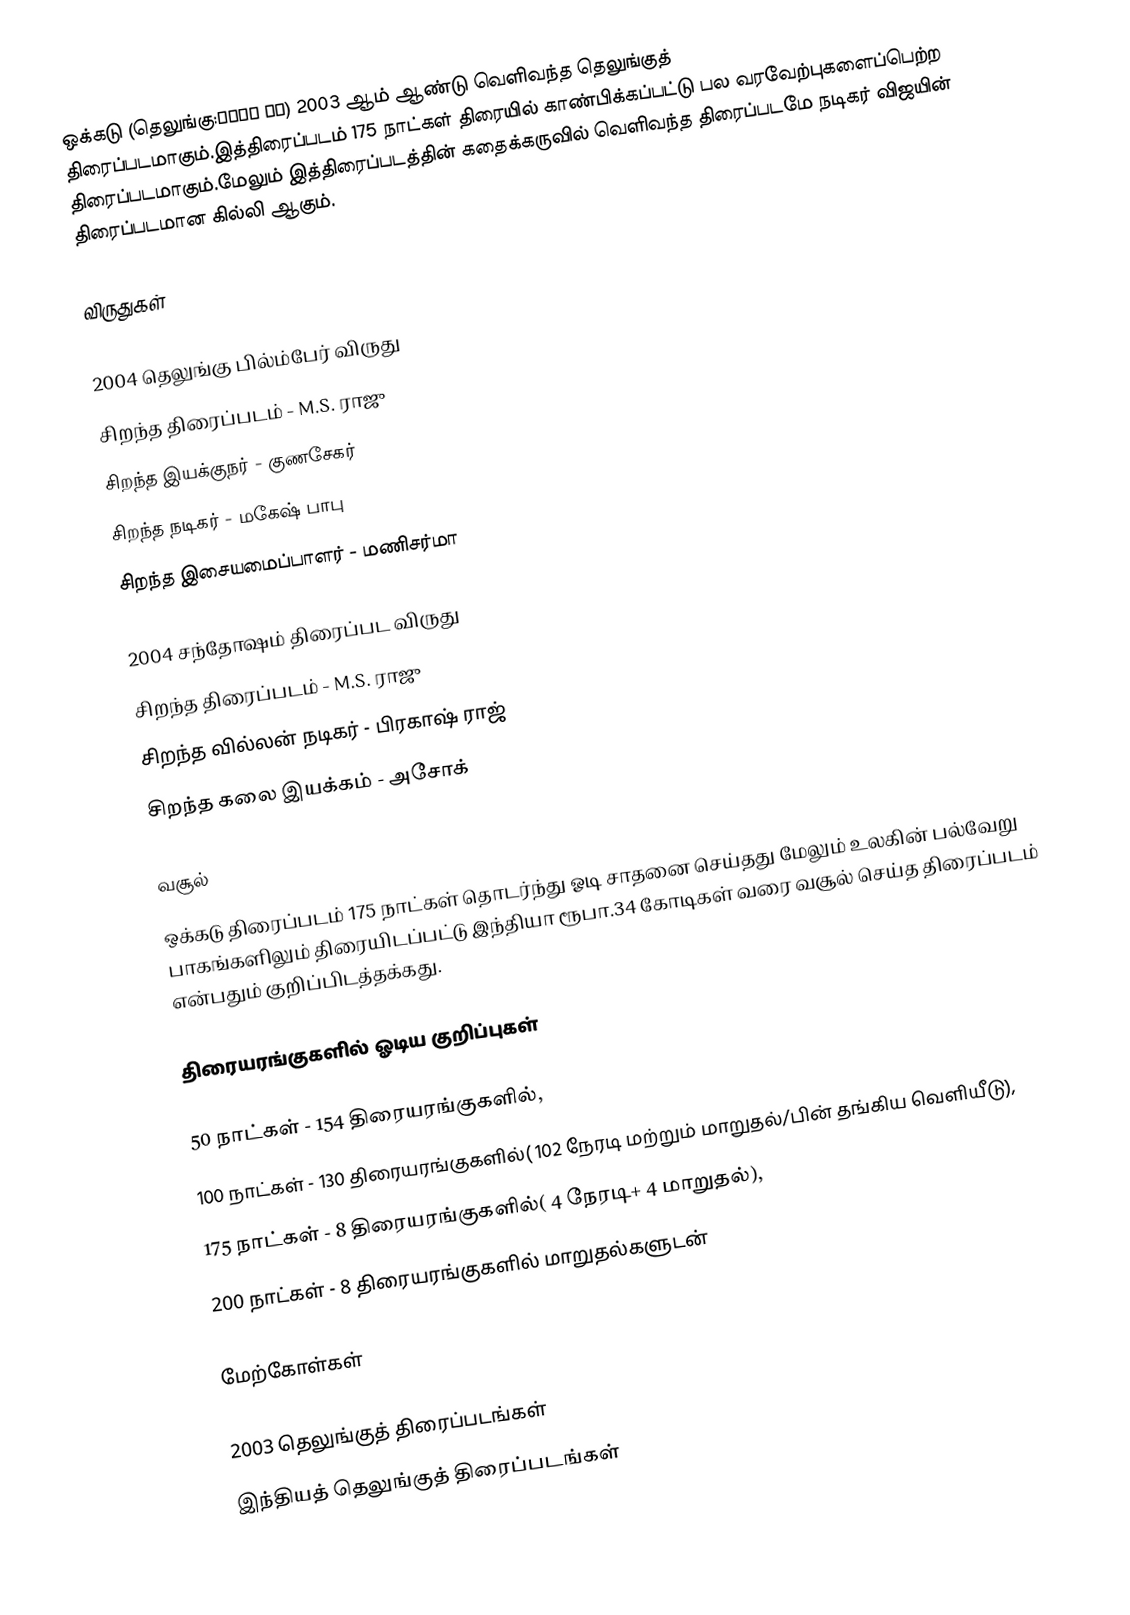
ஒக்கடு (தெலுங்கு:ఒక్క డు) 2003 ஆம் ஆண்டு வெளிவந்த தெலுங்குத் திரைப்படமாகும்.இத்திரைப்படம் 175 நாட்கள் திரையில் காண்பிக்கப்பட்டு பல வரவேற்புகளைப்பெற்ற திரைப்படமாகும்.மேலும் இத்திரைப்படத்தின் கதைக்கருவில் வெளிவந்த திரைப்படமே நடிகர் விஜயின் திரைப்படமான கில்லி ஆகும்.

விருதுகள்

2004 தெலுங்கு பில்ம்பேர் விருது
 சிறந்த திரைப்படம் - M.S. ராஜு
 சிறந்த இயக்குநர் - குணசேகர்
 சிறந்த நடிகர் - மகேஷ் பாபு
 சிறந்த இசையமைப்பாளர் - மணிசர்மா

2004 சந்தோஷம் திரைப்பட விருது
 சிறந்த திரைப்படம் - M.S. ராஜு
 சிறந்த வில்லன் நடிகர் - பிரகாஷ் ராஜ்
 சிறந்த கலை இயக்கம் - அசோக்

வசூல்
ஒக்கடு திரைப்படம் 175 நாட்கள் தொடர்ந்து ஓடி சாதனை செய்தது மேலும் உலகின் பல்வேறு பாகங்களிலும் திரையிடப்பட்டு இந்தியா ரூபா.34 கோடிகள் வரை வசூல் செய்த திரைப்படம் என்பதும் குறிப்பிடத்தக்கது.

திரையரங்குகளில் ஓடிய குறிப்புகள்

50 நாட்கள் - 154 திரையரங்குகளில்,
100 நாட்கள் - 130 திரையரங்குகளில்( 102 நேரடி மற்றும் மாறுதல்/பின் தங்கிய வெளியீடு),
175 நாட்கள் - 8 திரையரங்குகளில்( 4 நேரடி+ 4 மாறுதல்),
200 நாட்கள் - 8 திரையரங்குகளில் மாறுதல்களுடன்

மேற்கோள்கள்

2003 தெலுங்குத் திரைப்படங்கள்
இந்தியத் தெலுங்குத் திரைப்படங்கள்